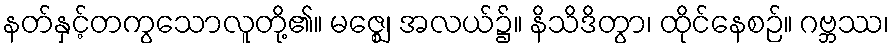
နတ်နှင့်တကွသောလူတို့၏။ မဇ္ဈေ၊ အလယ်၌။ နိသိဒိတွာ၊ ထိုင်နေစဉ်။ ဂဗ္ဘဿ၊